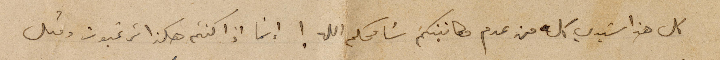
كل هذا سَيدي كله من عدم مكاتبتكم سَامحكم الله ! إنما إذا كنتم هكذا ترغبون ومثل